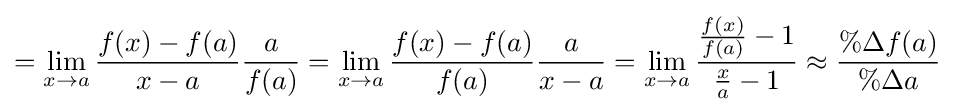
=\lim _{x\to a}{\frac {f(x)-f(a)}{x-a}}{\frac {a}{f(a)}}=\lim _{x\to a}{\frac {f(x)-f(a)}{f(a)}}{\frac {a}{x-a}}=\lim _{x\to a}{\frac {{\frac {f(x)}{f(a)}}-1}{{\frac {x}{a}}-1}}\approx {\frac {\%\Delta f(a)}{\%\Delta a}}